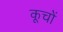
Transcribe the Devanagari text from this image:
कूचों